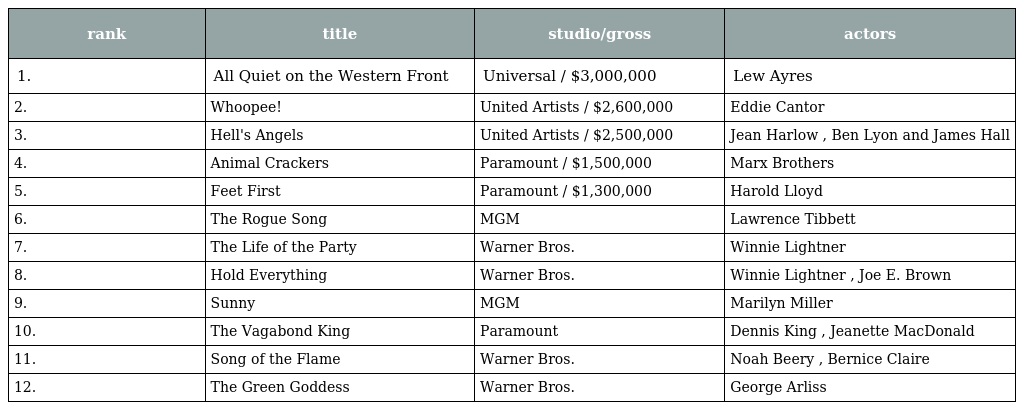
| rank | title | studio/gross | actors |
 | --- | --- | --- | --- |
 | 1. | All Quiet on the Western Front | Universal / $3,000,000 | Lew Ayres |
 | 2. | Whoopee! | United Artists / $2,600,000 | Eddie Cantor |
 | 3. | Hell's Angels | United Artists / $2,500,000 | Jean Harlow , Ben Lyon and James Hall |
 | 4. | Animal Crackers | Paramount / $1,500,000 | Marx Brothers |
 | 5. | Feet First | Paramount / $1,300,000 | Harold Lloyd |
 | 6. | The Rogue Song | MGM | Lawrence Tibbett |
 | 7. | The Life of the Party | Warner Bros. | Winnie Lightner |
 | 8. | Hold Everything | Warner Bros. | Winnie Lightner , Joe E. Brown |
 | 9. | Sunny | MGM | Marilyn Miller |
 | 10. | The Vagabond King | Paramount | Dennis King , Jeanette MacDonald |
 | 11. | Song of the Flame | Warner Bros. | Noah Beery , Bernice Claire |
 | 12. | The Green Goddess | Warner Bros. | George Arliss |